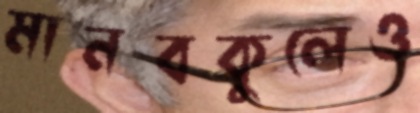
মানবকুলেও